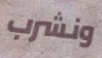
ونشرب